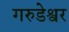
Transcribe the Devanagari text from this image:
गरुडेश्वर